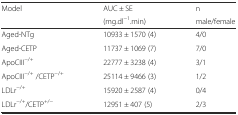
<table><thead><tr><td rowspan="2"><b>Model</b></td><td><b>AUC ± SE</b></td><td><b>n</b></td></tr><tr><td><b>(mg.dl<sup>−1</sup>.min)</b></td><td><b>male/female</b></td></tr></thead><tbody><tr><td>Aged-NTg</td><td>10933 ± 1570 (4)</td><td>4/0</td></tr><tr><td>Aged-CETP</td><td>11737 ± 1069 (7)</td><td>7/0</td></tr><tr><td>ApoCIII<sup>−/+</sup></td><td>22777 ± 3238 (4)</td><td>3/1</td></tr><tr><td>ApoCIII<sup>−/+</sup> /CETP<sup>−/+</sup></td><td>25114 ± 9466 (3)</td><td>1/2</td></tr><tr><td>LDLr<sup>−/+</sup></td><td>15920 ± 2587 (4)</td><td>0/4</td></tr><tr><td>LDLr<sup>−/+</sup>/CETP<sup>+/−</sup></td><td>12951 ± 407 (5)</td><td>2/3</td></tr></tbody></table>